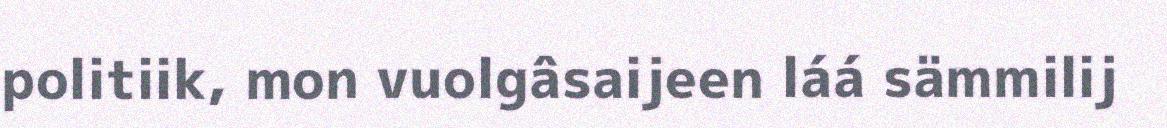
politiik, mon vuolgâsaijeen láá sämmilij